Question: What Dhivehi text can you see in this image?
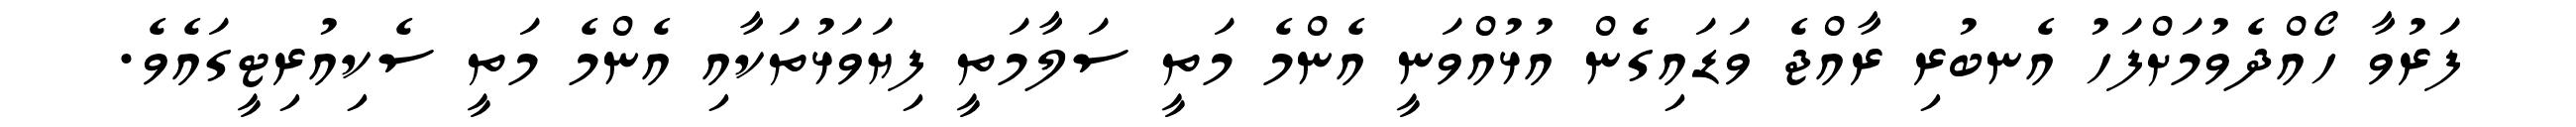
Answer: ފަރުވާ ހޯއްދެވުމަށްފަހު އެނބުރި ރާއްޖެ ވަޑައިގެން އުޅުއްވަނީ އެންމެ މަތީ ސަލާމަތީ ފިޔަވަޅުތަކާއި އެންމެ މަތީ ސެކިއުރިޓީގައެވެ.